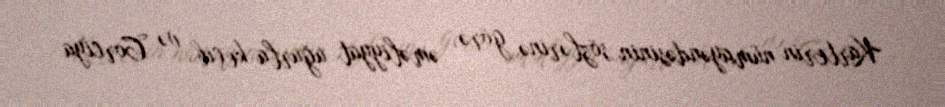
Karterin nümayəndəsinin sözlərinə görə, əməliyyat uğurla keçib və Corciya